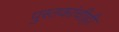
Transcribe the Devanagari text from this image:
पुस्तकांचीही